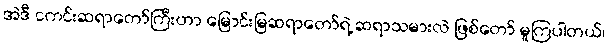
အဲဒီ ငကင်းဆရာတော်ကြီးဟာ မြောင်းမြဆရာတော်ရဲ့ ဆရာသမားလဲ ဖြစ်တော် မူကြပါတယ်၊